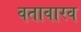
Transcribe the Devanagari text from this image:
वतावारव